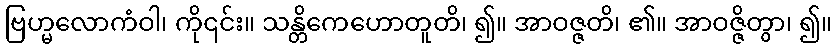
ဗြဟ္မလောကံဝါ၊ ကို၎င်း။ သန္တိကေဟောတူတိ၊ ၍။ အာဝဇ္ဇတိ၊ ၏။ အာဝဇ္ဇိတွာ၊ ၍။